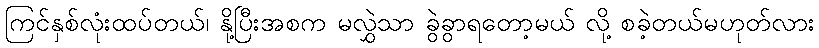
ကြင်နှစ်လုံးထပ်တယ်၊ နို့ပြီးအစက မလွှဲသာ ခွဲခွာရတော့မယ် လို့ စခဲ့တယ်မဟုတ်လား